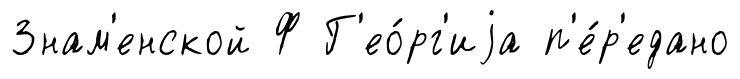
Знам'енской Ф Г'ео́рг'иjа п'е́р'едано